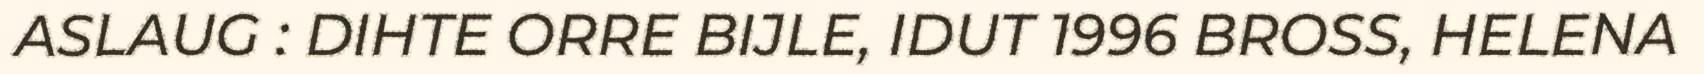
ASLAUG : DIHTE ORRE BIJLE, IDUT 1996 BROSS, HELENA